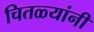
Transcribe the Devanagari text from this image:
चितळ्यांनी